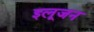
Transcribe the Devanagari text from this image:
इलूजन